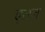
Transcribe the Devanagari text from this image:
एतब